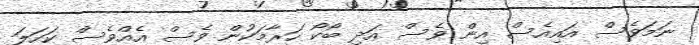
ނަމަވެސް އައިއެސް އިން ވެސް އަދި ބޯކޯ ހަރާމަކުން ވެސް އެއްވެސް ކަހަލަ